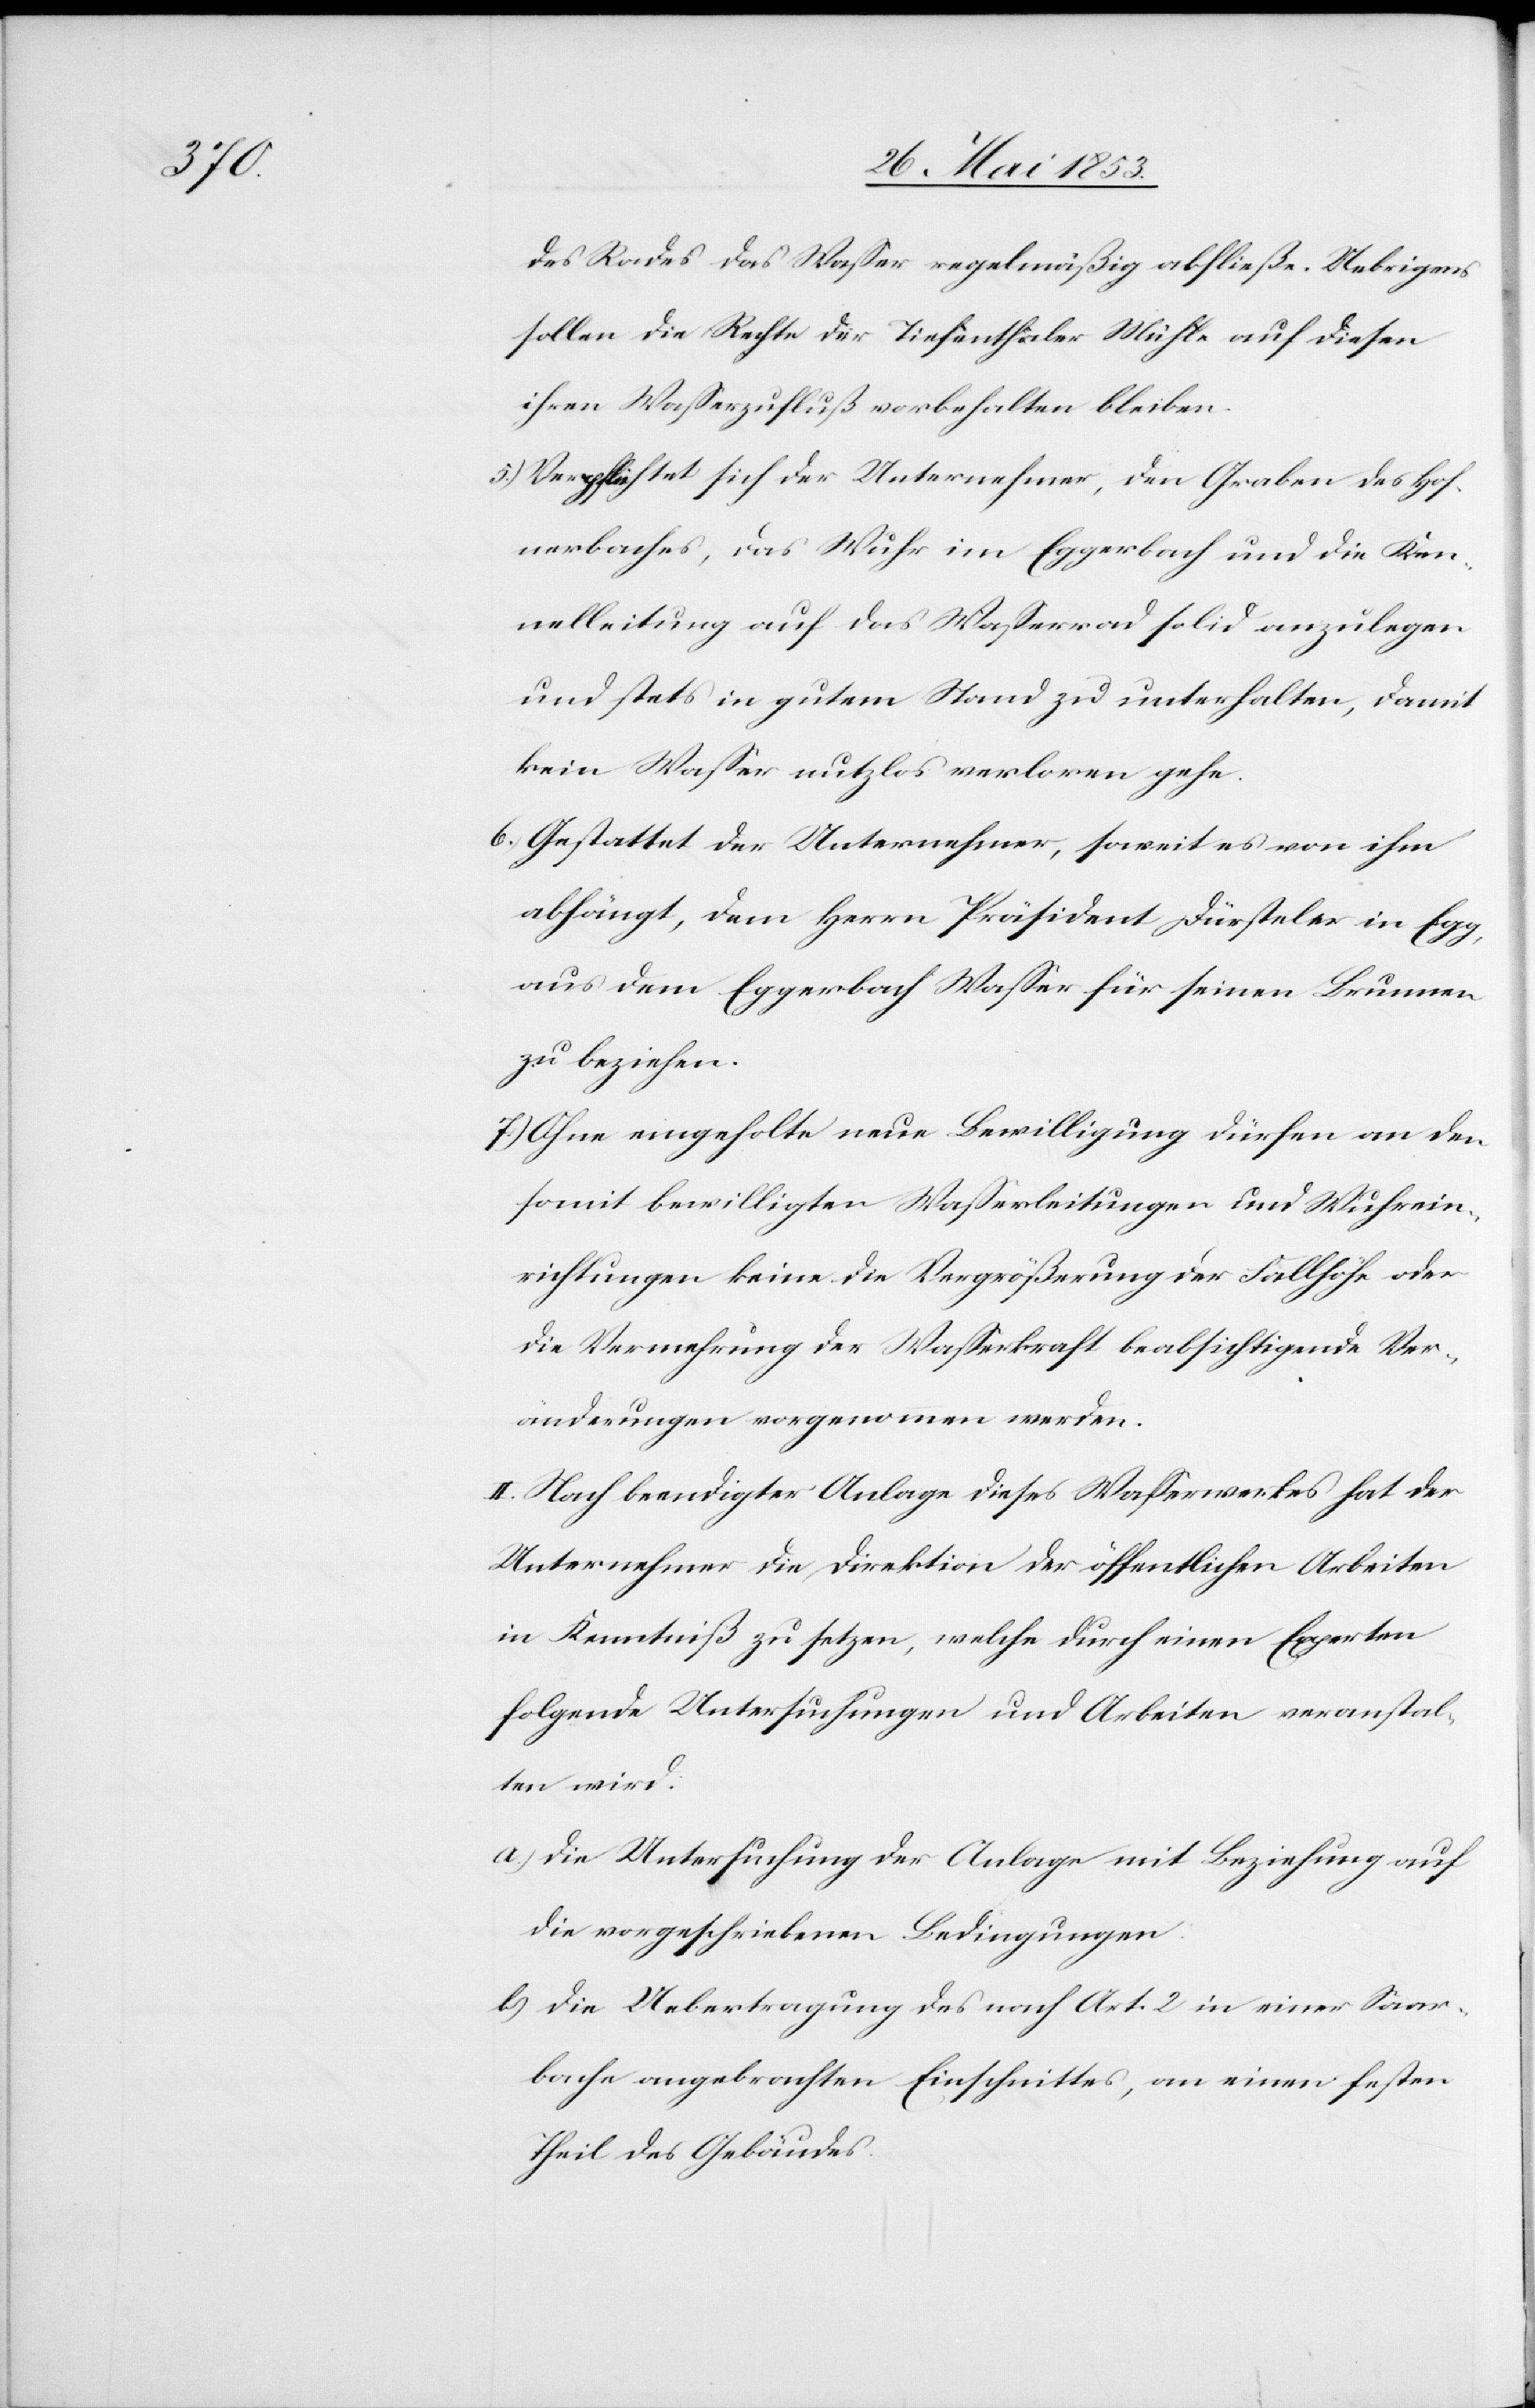
des Rades das Waßer regelmäßig abfließe. Uebrigens
sollen die Rechte der Fischenthaler Mühle auf diesen
ihren Waßerzufluß vorbehalten bleiben.
5.) Verpflichtet sich der Unternehmer, den Graben des Hof¬
nerbaches, das Wuhr im Eggerbach und die Ken¬
nelleitung auf das Waßerrad solid anzulegen
und stets in gutem Stand zu unterhalten, damit
kein Waßer nutzlos verloren gehe.
6.) Gestattet der Unternehmer, soweit es von ihm
abhängt, dem Herrn Präsident Dürsteler in Egg,
aus dem Eggerbach Waßer für seinen Brunnen
zu beziehen.
7.) Ohne eingeholte neue Bewilligung dürfen an den
somit bewilligten Waßerleitungen und Wuhrein¬
richtungen keine die Vergrößerung der Fallhöhe oder
die Vermehrung der Waßerkraft beabsichtigende Ver¬
änderungen vorgenommen werden.
II. Nach beendigter Anlage dieses Waßerwerkes hat der
Unternehmer die Direktion der öffentlichen Arbeiten
in Kenntniß zu setzen, welche durch einen Experten
folgende Untersuchungen und Arbeiten veranstal¬
ten wird.
a) Die Untersuchung der Anlage mit Beziehung auf
die vorgeschriebenen Bedingungen:
b) Die Uebertragung des nach Art. 2 in einer Saar¬
bache angebrachten Einschnittes, an einen festen
Theil des Gebäudes.